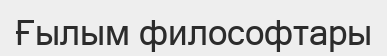
Ғылым философтары